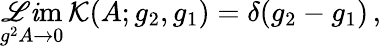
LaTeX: \operatorname*{\mathscr{L}\mathit{i}m}_{g^{2}A\to0}\, \mathcal{{K}}(A;g_{2},g_{1})=\delta(g_{2}-g_{1})\, ,